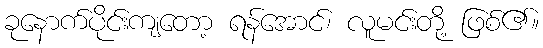
ခုနောက်ပိုင်းကျတော့ ရန်အောင်၊ လူမင်းတို့ ဖြစ်၏။